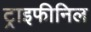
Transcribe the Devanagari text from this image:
ट्राइफीनिल